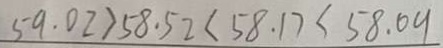
5 9 . 0 2 > 5 8 . 5 2 < 5 8 . 1 7 < 5 8 . 0 9